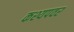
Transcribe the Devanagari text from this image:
कश्यपवर